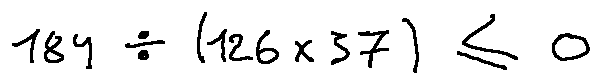
1 8 4 \div ( 1 2 6 \times 3 7 ) \leq 0